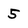
Character: 5